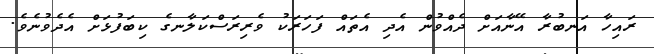
ރައިހާ އަނބުރާ އޭނާއަށް ދެއްވުން އެދި އެތައް ފަހަރަކު ވެރިރަސްކަލާނގެ ކިބަފުޅަށް އެދެވުނެވެ.